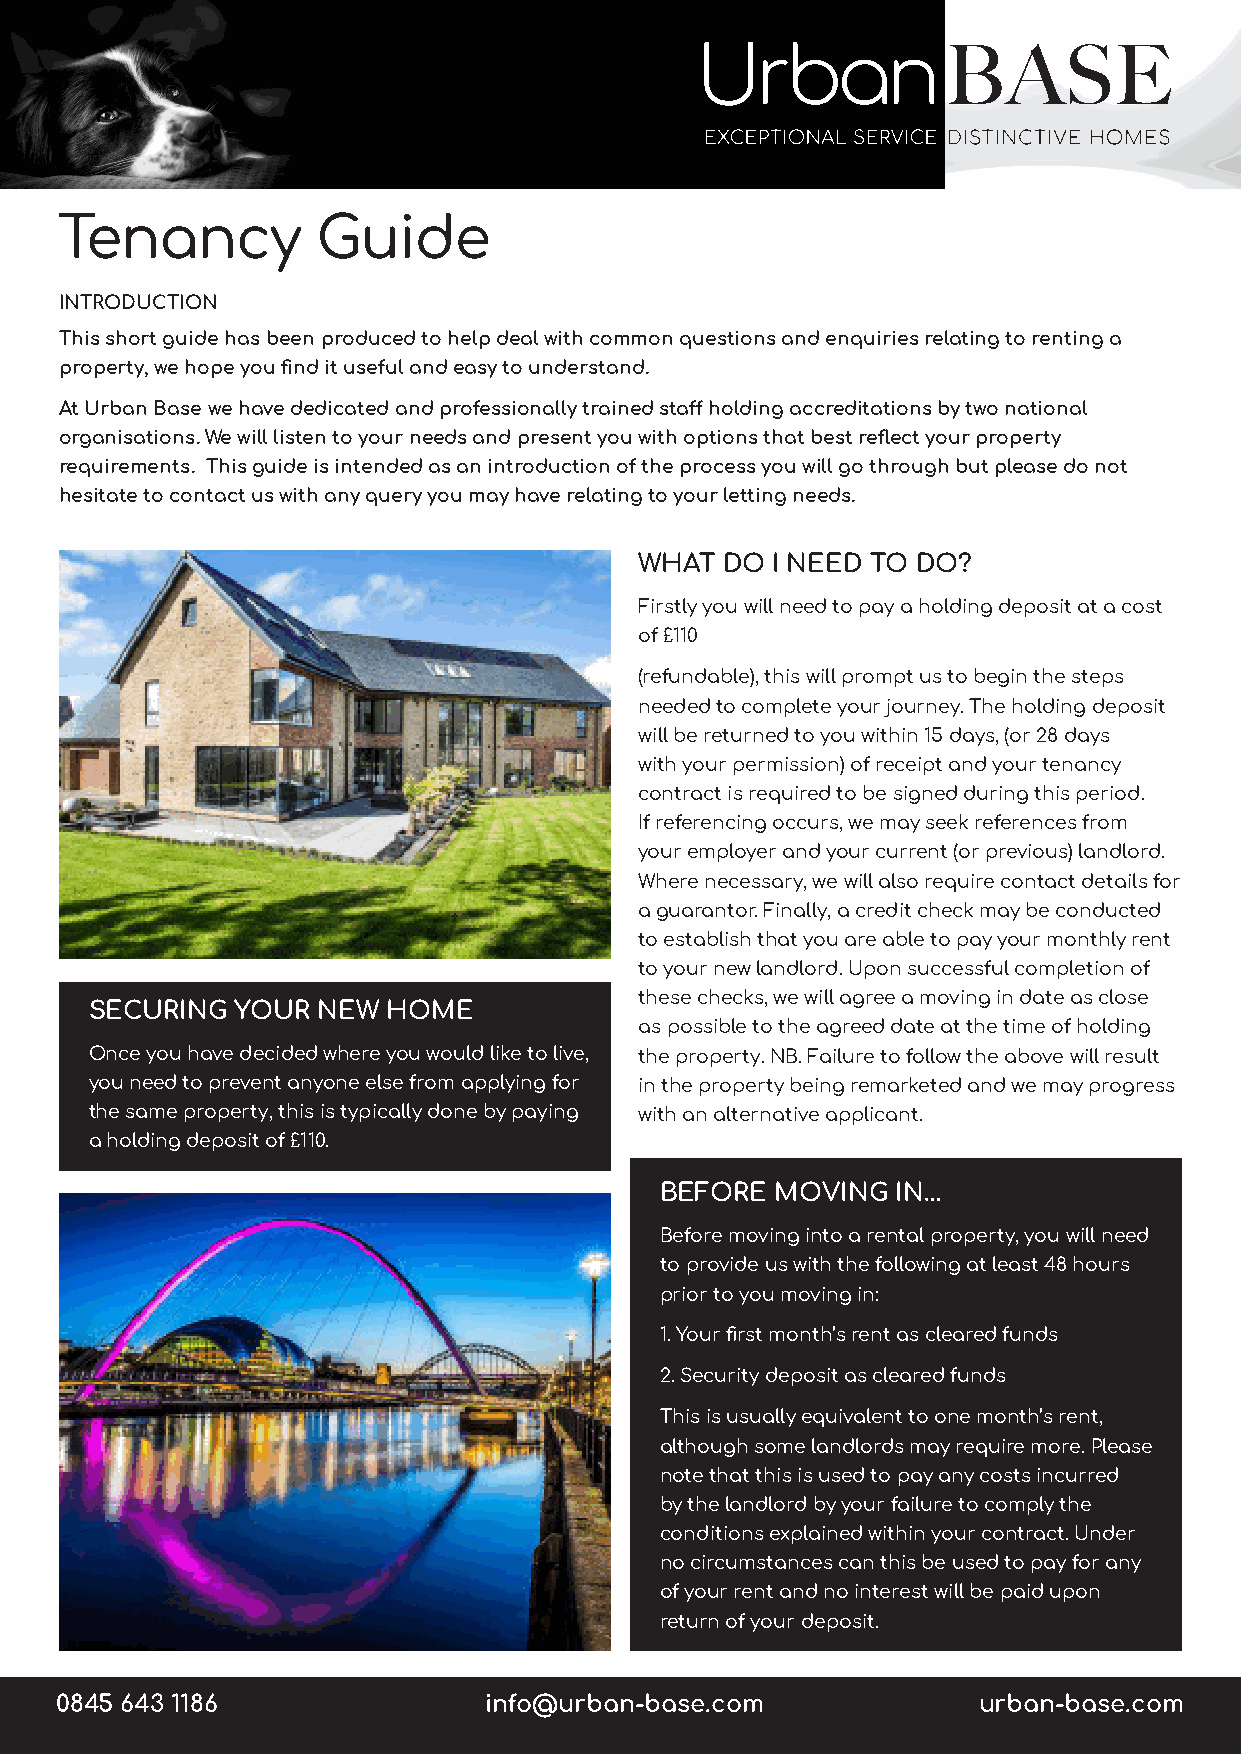
Tenancy          Guide
 INTRODUCTION
 This short guide has been produced to help deal with common questions and enquiries relating to renting a
 property, we hope you find it useful and easy to understand.
 At Urban Base we have dedicated and professionally trained staff holding accreditations by two national
 organisations. We will listen to your needs and present you with options that best reflect your property
 requirements. This guide is intended as an introduction of the process you will go through but please do not
 hesitate to contact us with any query you may have relating to your letting needs.
 WHAT  DO I NEED TO DO?
 Firstly you will need to pay a holding deposit at a cost
 of £110
 (refundable), this will prompt us to begin the steps
 needed to complete your journey. The holding deposit
 will be returned to you within 15 days, (or 28 days
 with your permission) of receipt and your tenancy
 contract is required to be signed during this period.
 If referencing occurs, we may seek references from
 your employer and your current (or previous) landlord.
 Where necessary, we will also require contact details for
 a guarantor. Finally, a credit check may be conducted
 to establish that you are able to pay your monthly rent
 to your new landlord. Upon successful completion of
 these checks, we will agree a moving in date as close
 SECURING  YOUR NEW  HOME
 as possible to the agreed date at the time of holding
 Once you have decided where you would like to live, the property. NB. Failure to follow the above will result
 you need to prevent anyone else from applying for in the property being remarketed and we may progress
 the same property, this is typically done by paying with an alternative applicant.
 a holding deposit of £110.
 BEFORE MOVING  IN…
 Before moving into a rental property, you will need
 to provide us with the following at least 48 hours
 prior to you moving in:
 1. Your first month’s rent as cleared funds
 2. Security deposit as cleared funds
 This is usually equivalent to one month’s rent,
 although some landlords may require more. Please
 note that this is used to pay any costs incurred
 by the landlord by your failure to comply the
 conditions explained within your contract. Under
 no circumstances can this be used to pay for any
 of your rent and no interest will be paid upon
 return of your deposit.
 0845 643 1186               info@urban-base.com              urban-base.com